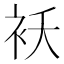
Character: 袄